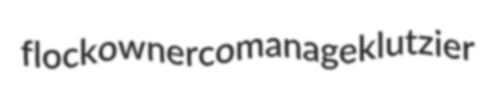
flockowner comanage klutzier